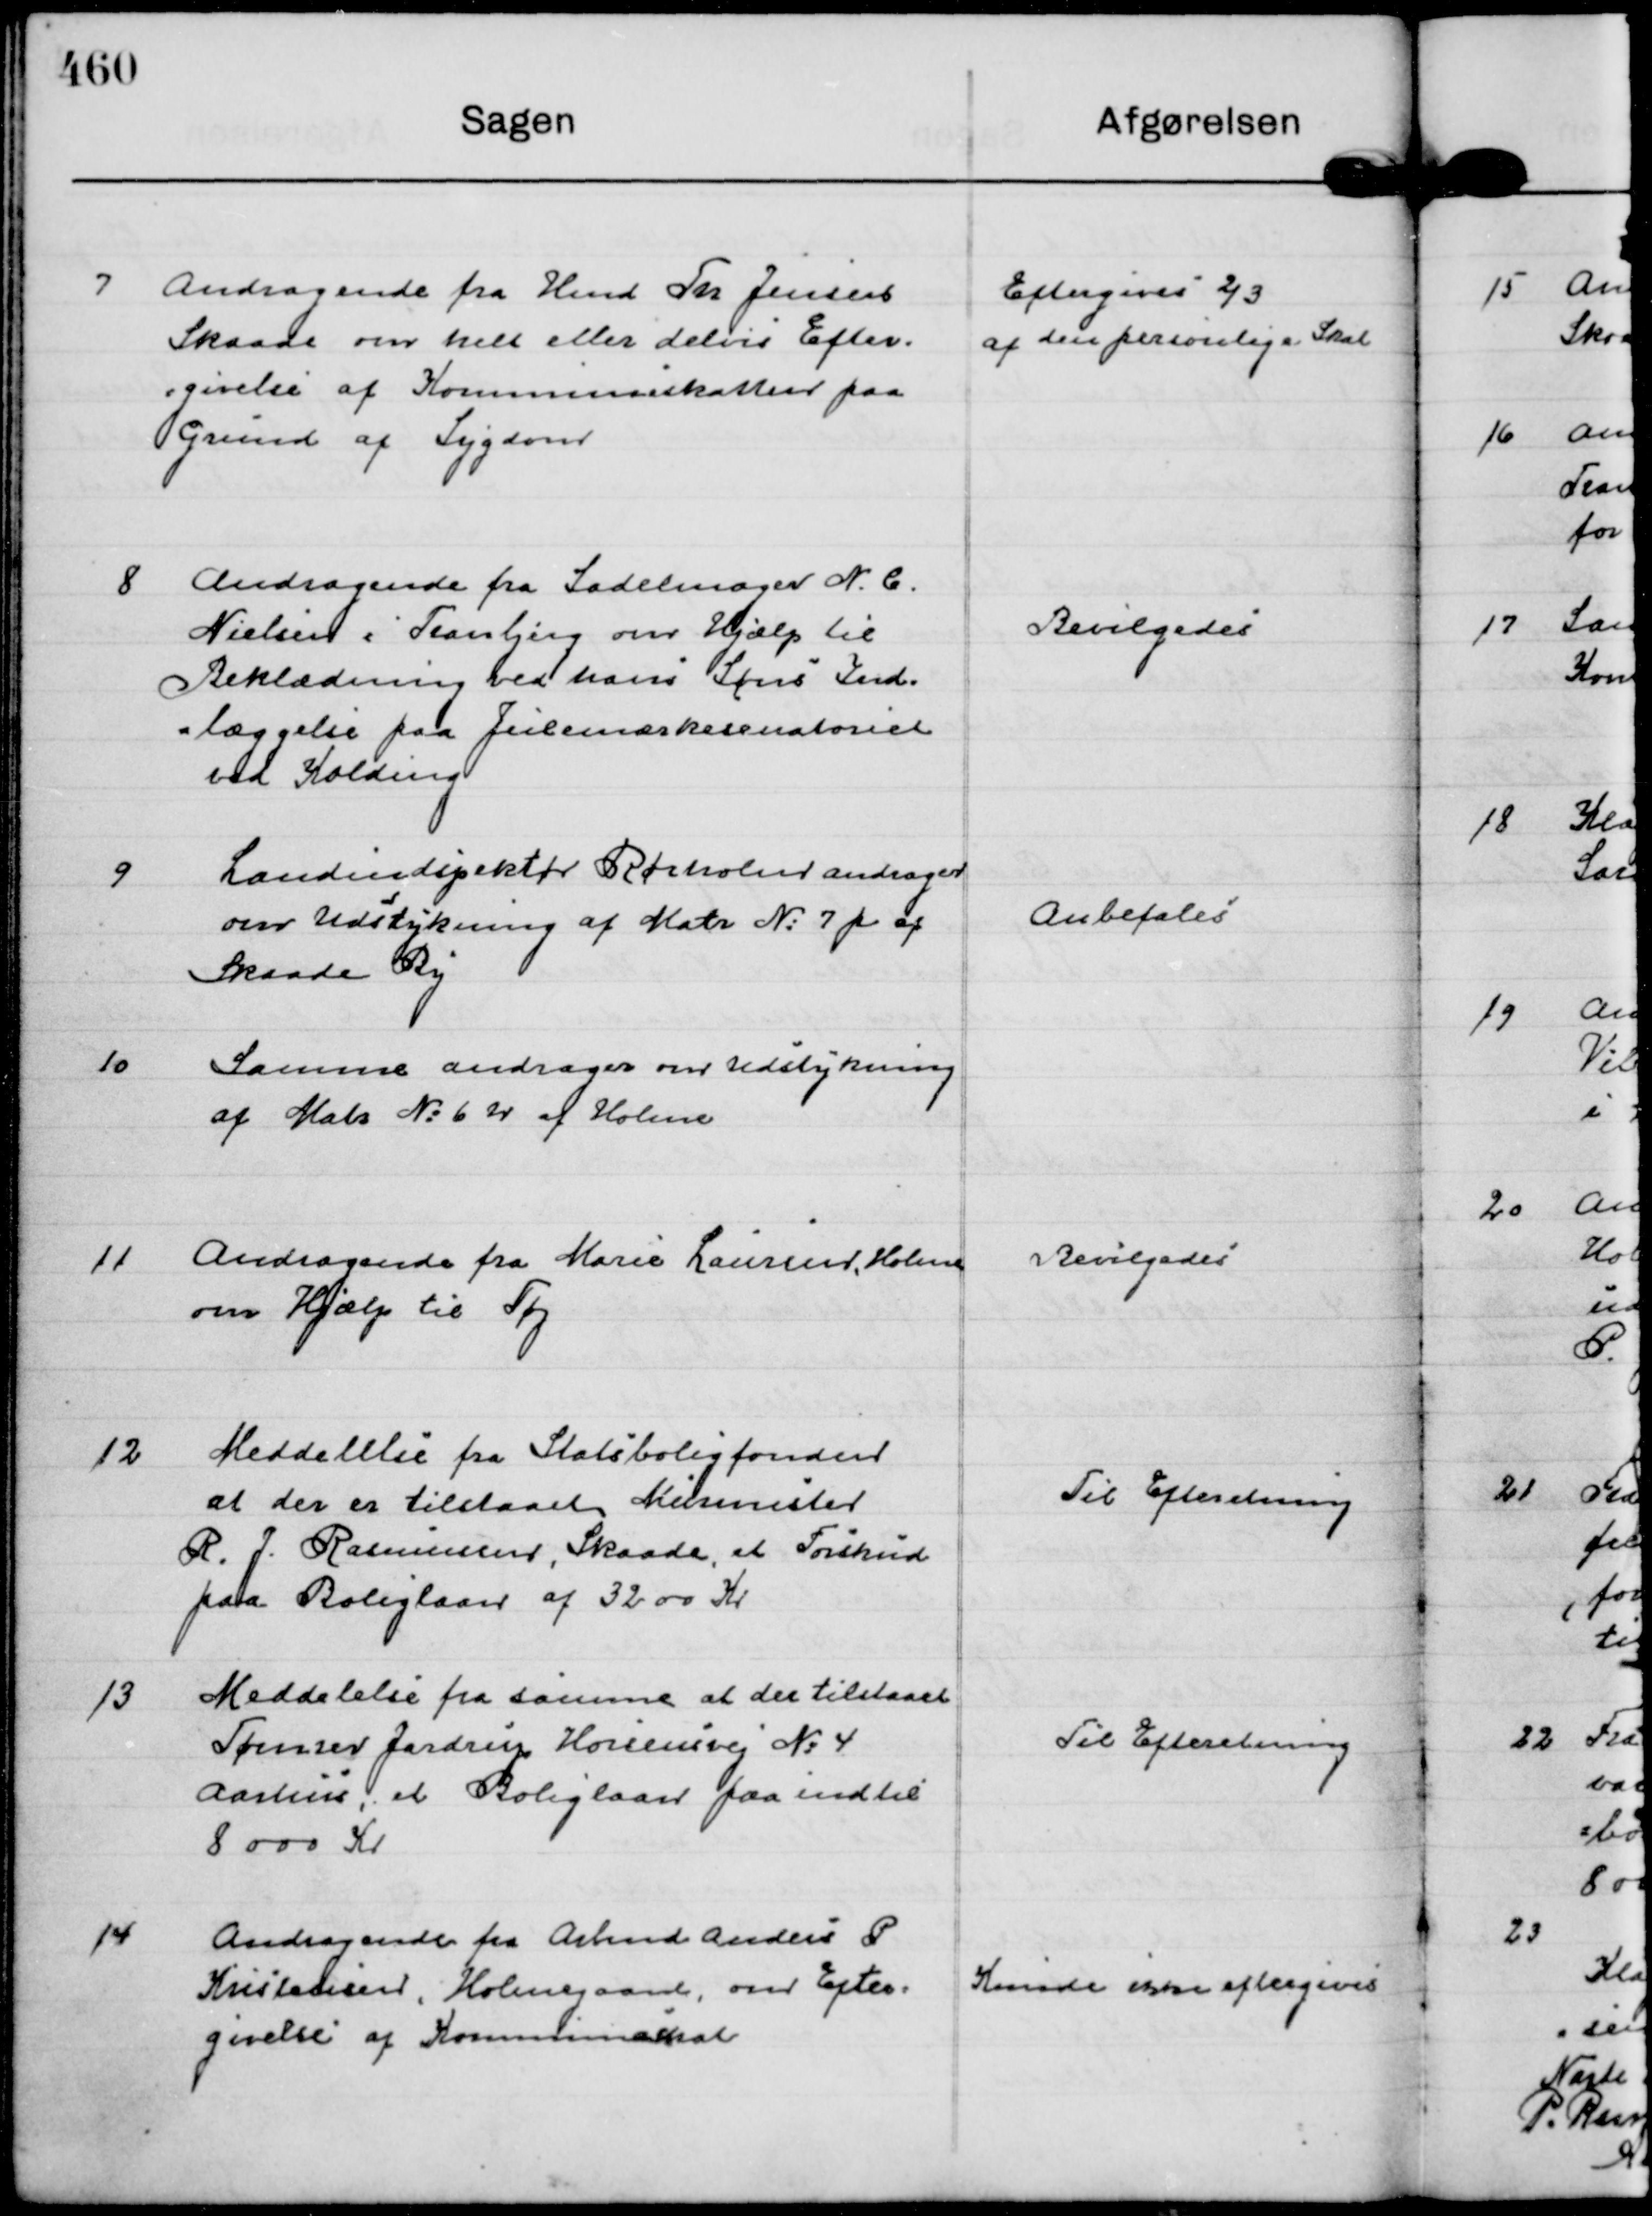
Transskription:
7
Andragende fra Hmd Th Jensen
Skaade om helt eller delvis Efter=
=givelse af Kommuneskatten paa
Grund af Sygdom

Eftergives ⅔
af den personlige Skat

8
Andragende fra Sadelmager N. C.
Nielsen i Tranbjerg om Hjælp til
Beklædning ved hans Søns Ind=  
=læggelse paa Julemærkesenatoriet 
ved Kolding

Bevilgedes

9
Landindspektør Rørholm andrager
om Udstykning af Matr N: 7 p af
Skaade By

Anbefales

10
Samme andrager om Udstykning
af Matr N: 6 n af Holme

11
Andragende fra Marie Laursen, Holme
om Hjælp til Tøj

Bevilgedes

12
Meddelelse fra Statsboligfonden
at der er tilstaaet Murmester
R. J. Rasmussen, Skaade, et Forskud 
paa Boliglaan af 3200 Kr

Til Efteretning

13
Meddelelse fra samme at der tilstaaet 
Tømrer Jardrup Horsensvej N: 4
Aarhus, et Boliglaan paa indtil
8000 Kr

Til Efteretning

14
Andragende fra Armd Anders P
Kristensen, Holmegaard, om Efter=
givelse af Kommuneskat

Kunde ikke eftergives